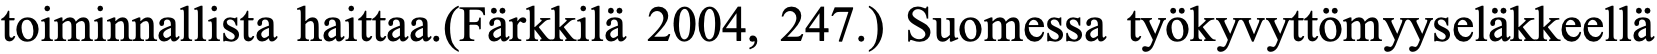
toiminnallista haittaa.(Färkkilä 2004, 247.) Suomessa työkyvyttömyyseläkkeellä